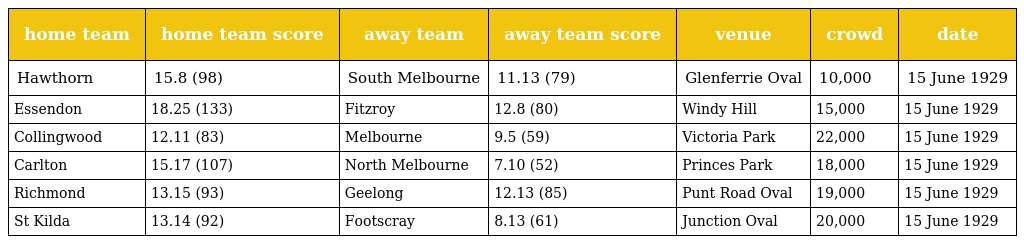
| home team | home team score | away team | away team score | venue | crowd | date |
 | --- | --- | --- | --- | --- | --- | --- |
 | Hawthorn | 15.8 (98) | South Melbourne | 11.13 (79) | Glenferrie Oval | 10,000 | 15 June 1929 |
 | Essendon | 18.25 (133) | Fitzroy | 12.8 (80) | Windy Hill | 15,000 | 15 June 1929 |
 | Collingwood | 12.11 (83) | Melbourne | 9.5 (59) | Victoria Park | 22,000 | 15 June 1929 |
 | Carlton | 15.17 (107) | North Melbourne | 7.10 (52) | Princes Park | 18,000 | 15 June 1929 |
 | Richmond | 13.15 (93) | Geelong | 12.13 (85) | Punt Road Oval | 19,000 | 15 June 1929 |
 | St Kilda | 13.14 (92) | Footscray | 8.13 (61) | Junction Oval | 20,000 | 15 June 1929 |